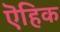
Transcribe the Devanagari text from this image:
ऎहिक